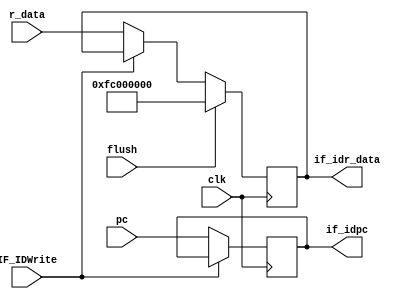
`timescale 1ns / 1ps
//////////////////////////////////////////////////////////////////////////////////
// Company: 
// Engineer: 
// 
// Design Name: 
// Module Name: IF_ID
// Project Name: 
// Target Devices: 
// Tool Versions: 
// Description: 
// 
// Dependencies: 
// 
// Revision:
// Revision 0.01 - File Created
// Additional Comments:
// 
//////////////////////////////////////////////////////////////////////////////////


module IF_ID(flush, IF_IDWrite, clk, pc, r_data, if_idpc, if_idr_data);
    input clk, IF_IDWrite, flush;
    input [31:0] pc, r_data;
    output reg [31:0] if_idpc, if_idr_data;
    
    initial begin
        if_idpc     <= 32'b0;
        if_idr_data <= 32'b11111100000000000000000000000000;//M0
    end
    
    always @(posedge clk) begin
        if_idpc     <= (IF_IDWrite)? if_idpc: pc;//hazardif_idpcXV
        if(flush)
            if_idr_data <= 32'b11111100000000000000000000000000;
        else if(IF_IDWrite == 0)
            if_idr_data <= r_data;
        else
            if_idr_data <= if_idr_data;
//        if_idr_data <= (flush)? 32'b11111100000000000000000000000000: r_data;//flushif_idr_dataM0flush
    end
    
endmodule

//        case({IF_IDWrite, flush})
//        2'b00://
//        begin
//            if_idpc     <= pc;
//            if_idr_data <= r_data;
//        end
//        2'b01://flush
//        begin
//            if_idpc     <= pc;
//            if_idr_data <= 32'b11111100000000000000000000000000;//M0
//        end
//        2'b10://hazard
//        begin
//            if_idr_data <= 32'b11111100000000000000000000000000;//
//        end
//        default:
//        begin
//            if_idpc     <= 0;
//            if_idr_data <= 32'b11111100000000000000000000000000;
//        end
//        endcase